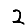
Digit: 2